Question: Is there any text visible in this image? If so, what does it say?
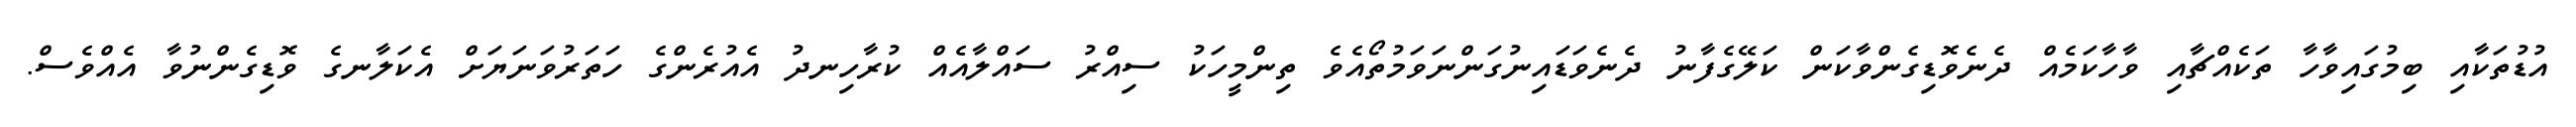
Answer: އުޑުތަކާއި ބިމުގައިވާހާ ތަކެއްޗާއި ވާހާކަމެއް ދެނެވޮޑިގެންވާކަން ކަލޭގެފާނު ދެނެވަޑައިނުގަންނަވަމުތޯއެވެ ތިންމީހަކު ސިއްރު ސައްލާއެއް ކުރާހިނދު އެއުރެންގެ ހަތަރުވަނަޔަށް އެކަލާނގެ ވޮޑިގެންނުވާ އެއްވެސް.